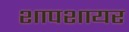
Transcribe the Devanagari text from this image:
शापशायर